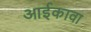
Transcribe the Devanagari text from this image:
आईकावा